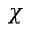
\chi